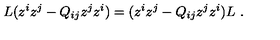
L ( z ^ { i } z ^ { j } - Q _ { i j } z ^ { j } z ^ { i } ) = ( z ^ { i } z ^ { j } - Q _ { i j } z ^ { j } z ^ { i } ) L \ .